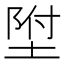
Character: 𡍃